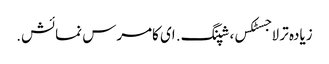
زیادہ تر لاجسٹکس، شپنگ. ای کامرس نمائش.